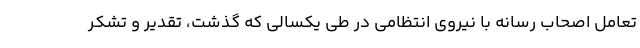
تعامل اصحاب رسانه با نیروی انتظامی در طی یکسالی که گذشت، تقدیر و تشکر